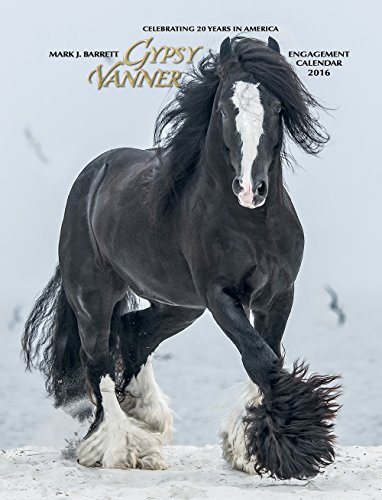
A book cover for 2016 Gypsy Vanner Horse Engagement Calendar; Willow Creek Press; Calendars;